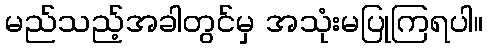
မည်သည့်အခါတွင်မှ အသုံးမပြုကြရပါ။